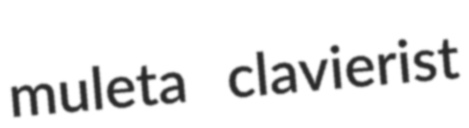
muleta clavierist